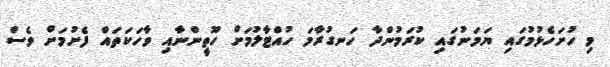
މި ހުށަހެޅުމުގައި ޔަމަނުގައި ކުރަމުންދާ ހަނގުރާމަ ހުއްޓާލުމަށް ހޫތީންނާއި ވާހަކަތައް ފެށުމަށް ވެސް